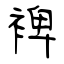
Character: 裨